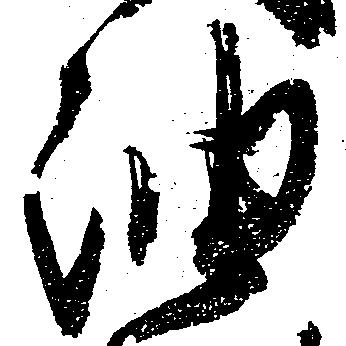
油